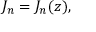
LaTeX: J _ { n } = J _ { n } ( z ) ,